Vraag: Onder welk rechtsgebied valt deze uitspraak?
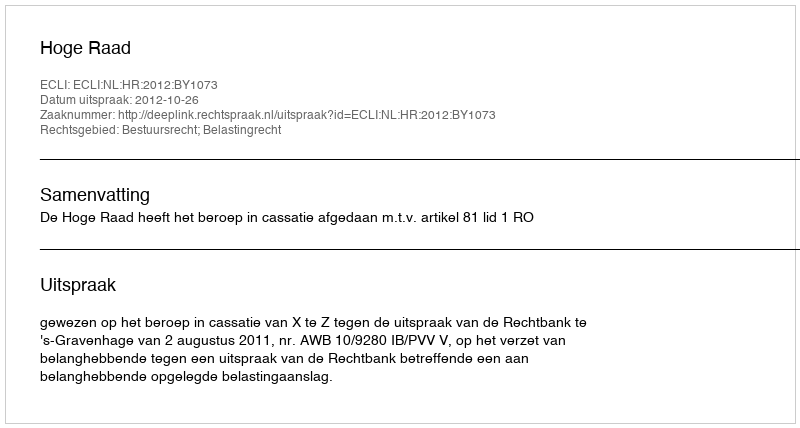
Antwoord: Bestuursrecht; Belastingrecht